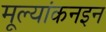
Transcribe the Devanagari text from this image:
मूल्यांकनइन